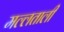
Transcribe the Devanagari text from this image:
मल्लताली